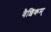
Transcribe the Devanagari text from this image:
वैशिकम्